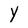
Character: Y